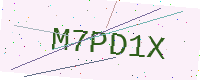
Text: M7PD1X